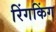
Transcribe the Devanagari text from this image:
रिंगकिंग